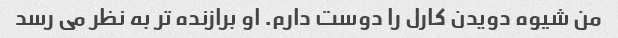
من شیوه دویدن کارل را دوست دارم. او برازنده تر به نظر می رسد